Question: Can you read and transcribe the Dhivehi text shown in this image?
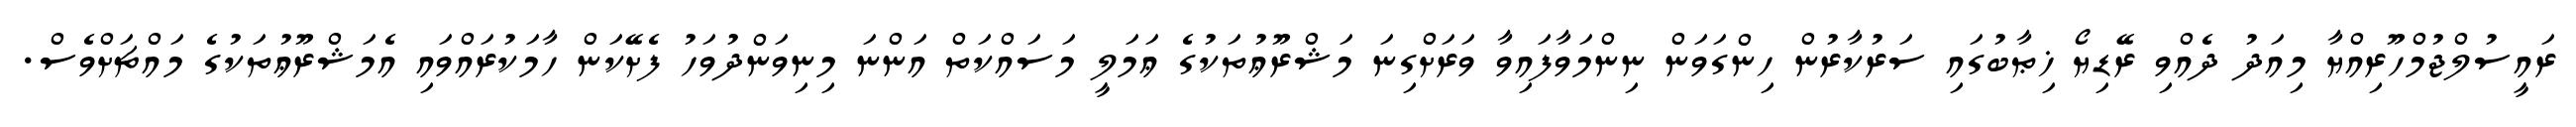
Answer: ރައީސުލްޖުމްހޫރިއްޔާ މިއަދު ދެއްވި ރޭޑިޔޯ ޚިޠާބުގައި ސަރުކާރުން ހިންގަވަން ނިންމަވާފައިވާ ވަރަށްގިނަ މަޝްރޫޢުތަކުގެ ޢަމަލީ މަސައްކަތް އަންނަ މިނިވަންދުވަހު ފެށޭކަން ހާމަކުރައްވައި އެމަޝްރޫޢުތަކުގެ މައްޗަށްވެސް.